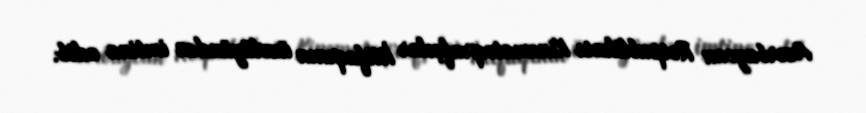
Azərbaycan Respublikası Kinematoqrafçılar İttifaqının üzvlüyündən imtina edib.